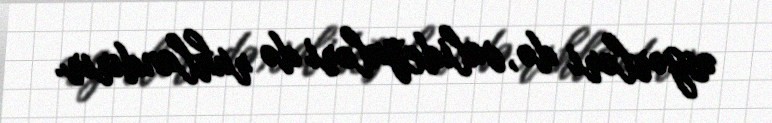
əsgərləri də, valideynləri də ruhlandırır.